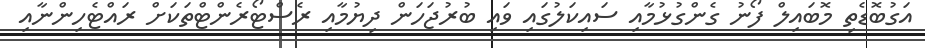
އަގުބޮޑެތި މޮބައިލް ފޯނު ގެންގުޅުމާއި ސައިކަލުގައި ވައި ބުރުޖަހަން ދިޔުމާއި ރެސްޓޯރެންޓްތަކަށް ރައްޓެހިންނާއި